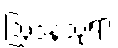
ဩဒနသုရာ